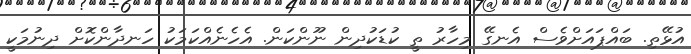
އުޅޭތި. ބައްޕައަށްވެސް އެނގޭ މިހާރު ތީ ކުޑަކުދިން ނޫންކަން. އެހެނެއްކަމަކު ހަނދާންކޮށް ދިނުމަކީ